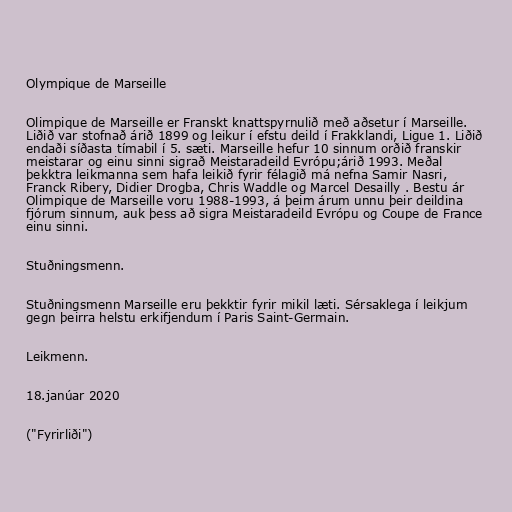
Olympique de Marseille

Olimpique de Marseille er Franskt knattspyrnulið með aðsetur í Marseille.
Liðið var stofnað árið 1899 og leikur í efstu deild í Frakklandi, Ligue 1. Liðið
endaði síðasta tímabil í 5. sæti. Marseille hefur 10 sinnum orðið franskir
meistarar og einu sinni sigrað Meistaradeild Evrópu;árið 1993. Meðal
þekktra leikmanna sem hafa leikið fyrir félagið má nefna Samir Nasri,
Franck Ribery, Didier Drogba, Chris Waddle og Marcel Desailly . Bestu ár
Olimpique de Marseille voru 1988-1993, á þeim árum unnu þeir deildina
fjórum sinnum, auk þess að sigra Meistaradeild Evrópu og Coupe de France
einu sinni.

Stuðningsmenn.

Stuðningsmenn Marseille eru þekktir fyrir mikil læti. Sérsaklega í leikjum
gegn þeirra helstu erkifjendum í Paris Saint-Germain.

Leikmenn.

18.janúar 2020

("Fyrirliði")